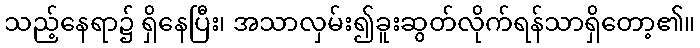
သည့်နေရာ၌ ရှိနေပြီး၊ အသာလှမ်း၍ခူးဆွတ်လိုက်ရန်သာရှိတော့၏။